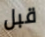
قبل